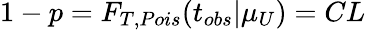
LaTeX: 1-p=F_{T,Pois}(t_{obs}|\mu_{U})=CL